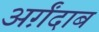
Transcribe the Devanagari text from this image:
अर्ग़ंदाब